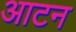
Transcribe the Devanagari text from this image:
आटन